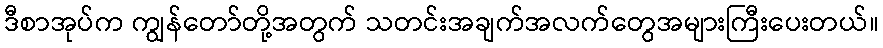
ဒီစာအုပ်က ကျွန်တော်တို့အတွက် သတင်းအချက်အလက်တွေအများကြီးပေးတယ်။